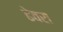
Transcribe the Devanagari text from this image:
ढेवरा